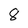
Character: 8